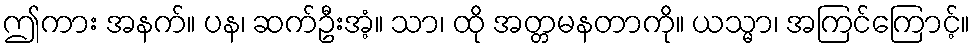
ဤကား အနက်။ ပန၊ ဆက်ဦးအံ့။ သာ၊ ထို အတ္တမနတာကို။ ယသ္မာ၊ အကြင်ကြောင့်။